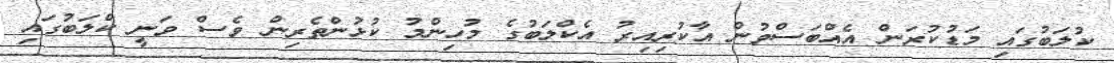
ކުލަބުގައި މަޑުކުރަން އެއްބަސްވުން އާކުރިއިރު އެކްލަބުގެ މުހިންމު ކުޅުންތެރިން ވެސް ވަނީ ކްލަބުގައި